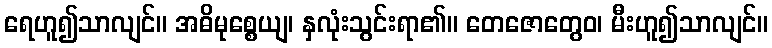
ရေဟူ၍သာလျင်။ အဓိမုစ္စေယျ၊ နှလုံးသွင်းရာ၏။ တေဇောတွေဝ၊ မီးဟူ၍သာလျင်။